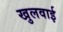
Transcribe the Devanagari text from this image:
खुलवाई